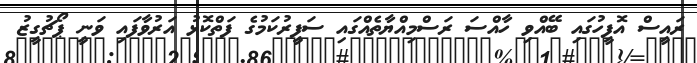
ރައީސް އޮފީހުގައި ބޭއްވި ހާއްސަ ރަސްމިއްޔާތެއްގައި ސަފީރުކަމުގެ ފަތްކޮޅު އަރުވާފައި ވަނީ ޕޯޗުގީޒު